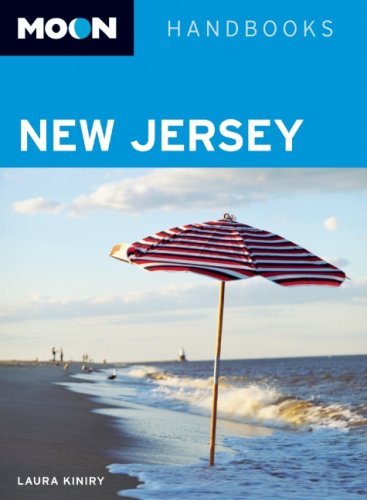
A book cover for Moon New Jersey (Moon Handbooks); Laura Kiniry; Travel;